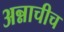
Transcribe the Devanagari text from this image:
अन्नाचीच